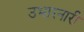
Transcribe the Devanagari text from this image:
उभारनारी